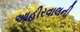
આહીરવાલની